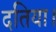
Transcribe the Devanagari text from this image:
दतिया।